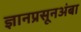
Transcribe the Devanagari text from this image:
ज्ञानप्रसूनअंबा